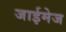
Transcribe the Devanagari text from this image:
जाईमेज